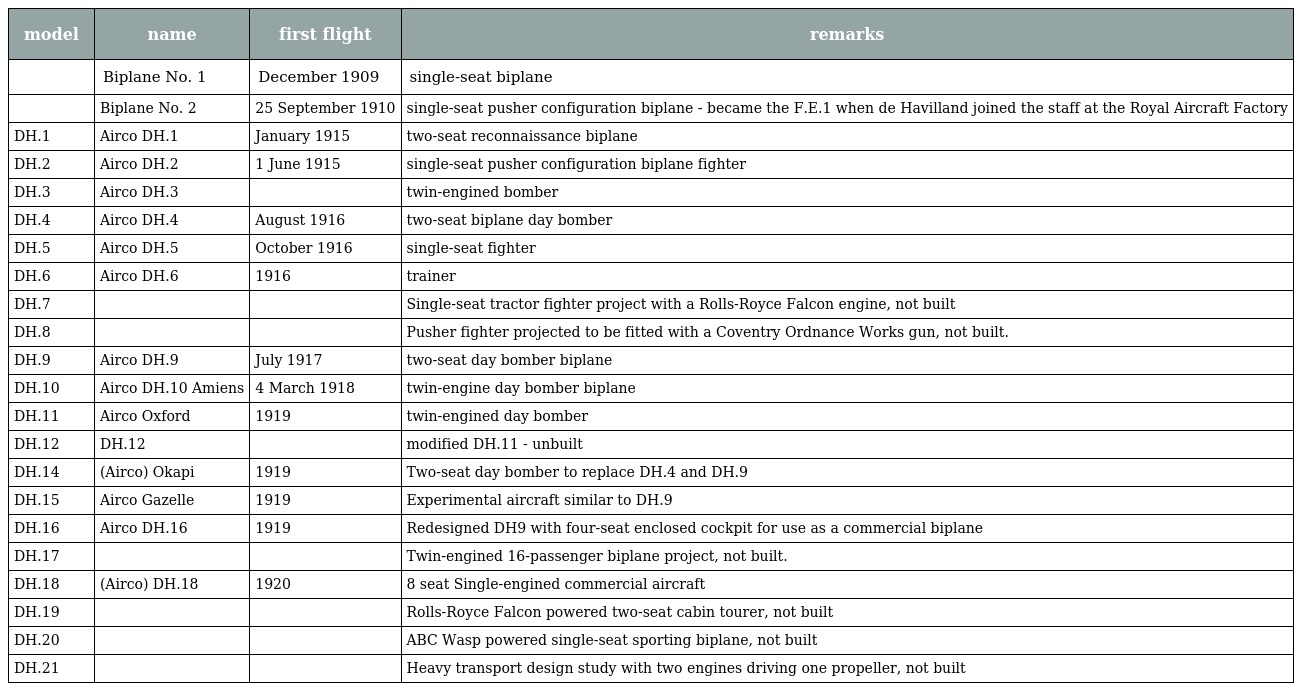
| model | name | first flight | remarks |
 | --- | --- | --- | --- |
 |  | Biplane No. 1 | December 1909 | single-seat biplane |
 |  | Biplane No. 2 | 25 September 1910 | single-seat pusher configuration biplane - became the F.E.1 when de Havilland joined the staff at the Royal Aircraft Factory |
 | DH.1 | Airco DH.1 | January 1915 | two-seat reconnaissance biplane |
 | DH.2 | Airco DH.2 | 1 June 1915 | single-seat pusher configuration biplane fighter |
 | DH.3 | Airco DH.3 |  | twin-engined bomber |
 | DH.4 | Airco DH.4 | August 1916 | two-seat biplane day bomber |
 | DH.5 | Airco DH.5 | October 1916 | single-seat fighter |
 | DH.6 | Airco DH.6 | 1916 | trainer |
 | DH.7 |  |  | Single-seat tractor fighter project with a Rolls-Royce Falcon engine, not built |
 | DH.8 |  |  | Pusher fighter projected to be fitted with a Coventry Ordnance Works gun, not built. |
 | DH.9 | Airco DH.9 | July 1917 | two-seat day bomber biplane |
 | DH.10 | Airco DH.10 Amiens | 4 March 1918 | twin-engine day bomber biplane |
 | DH.11 | Airco Oxford | 1919 | twin-engined day bomber |
 | DH.12 | DH.12 |  | modified DH.11 - unbuilt |
 | DH.14 | (Airco) Okapi | 1919 | Two-seat day bomber to replace DH.4 and DH.9 |
 | DH.15 | Airco Gazelle | 1919 | Experimental aircraft similar to DH.9 |
 | DH.16 | Airco DH.16 | 1919 | Redesigned DH9 with four-seat enclosed cockpit for use as a commercial biplane |
 | DH.17 |  |  | Twin-engined 16-passenger biplane project, not built. |
 | DH.18 | (Airco) DH.18 | 1920 | 8 seat Single-engined commercial aircraft |
 | DH.19 |  |  | Rolls-Royce Falcon powered two-seat cabin tourer, not built |
 | DH.20 |  |  | ABC Wasp powered single-seat sporting biplane, not built |
 | DH.21 |  |  | Heavy transport design study with two engines driving one propeller, not built |